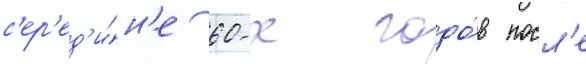
с'ер'ед'и́н'е 60-х годо́в посл'е